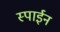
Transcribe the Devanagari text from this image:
स्पाईन